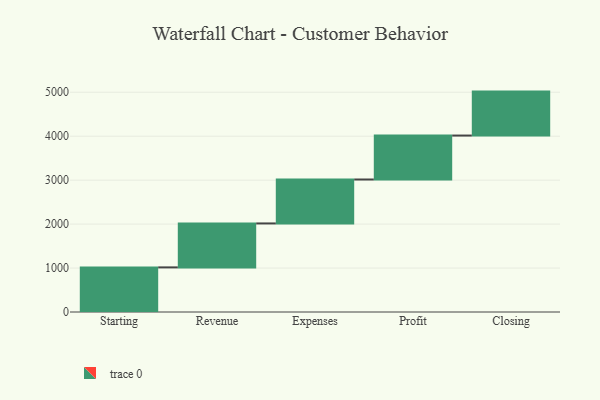
{"axis": {"x": "Step", "y": "Value"}, "legend": [""], "data": [{"x": "Starting", "y": 1015.0, "type": ""}, {"x": "Revenue", "y": 1000, "type": ""}, {"x": "Expenses", "y": 1000, "type": ""}, {"x": "Profit", "y": 1000, "type": ""}, {"x": "Closing", "y": 1000, "type": ""}]}